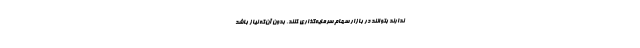
ندارند بتوانند در بازار سهام سرمایه‌گذاری کنند، بدون آن‌که نیاز باشد